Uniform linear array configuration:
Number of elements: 8
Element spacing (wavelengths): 0.5
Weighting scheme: exponential
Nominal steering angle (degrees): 15
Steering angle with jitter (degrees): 15.644
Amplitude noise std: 0.05
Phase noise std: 0.05

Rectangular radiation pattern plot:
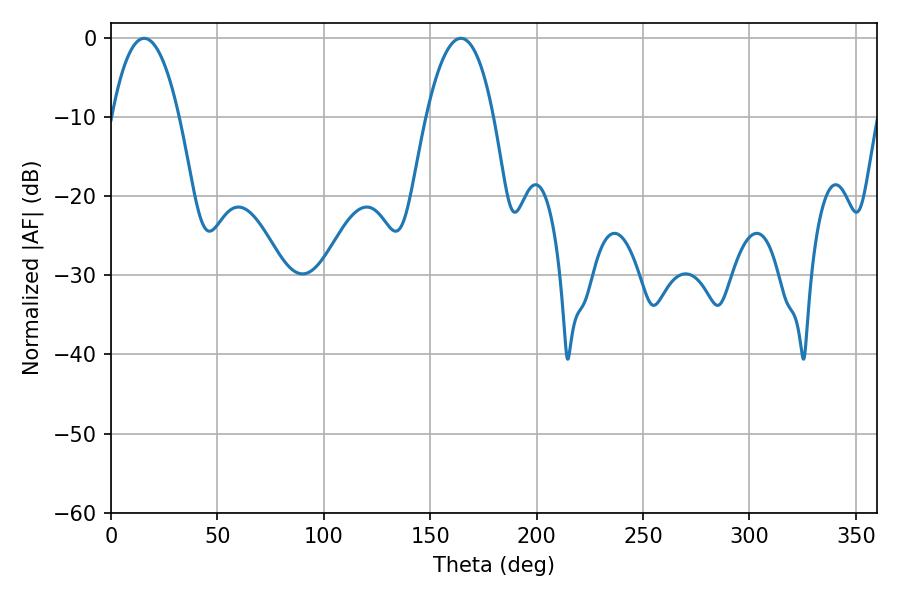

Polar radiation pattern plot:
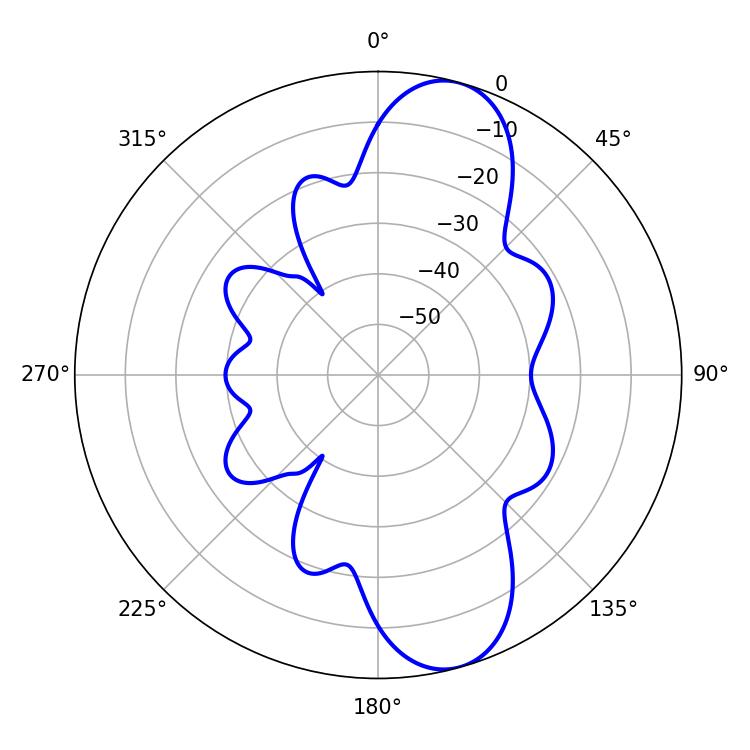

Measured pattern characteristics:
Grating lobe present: FALSE
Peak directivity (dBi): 10.452
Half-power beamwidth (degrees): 17.46
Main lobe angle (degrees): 15.66